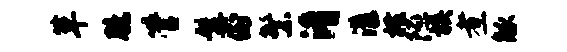
草臆管髯倒繁淆漾横隰族煮觚